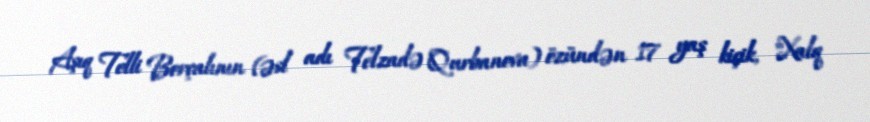
Aşıq Telli Borçalının (əsl adı Telzadə Qurbanova) özündən 17 yaş kiçik, "Xalq